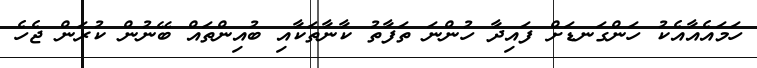
ހަމައެއާއެކު ހަންގަނޑަށް ފައިދާ ހުންނަ ތަފާތު ކާނާތަކާއި ބުއިންތައް ބޭނުން ކުރަން ޖެހެ